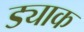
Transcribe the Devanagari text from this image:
ड्याक